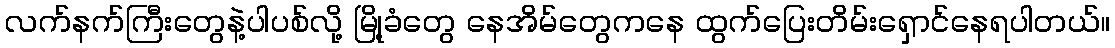
လက်နက်ကြီးတွေနဲ့ပါပစ်လို့ မြို့ခံတွေ နေအိမ်တွေကနေ ထွက်ပြေးတိမ်းရှောင်နေရပါတယ်။